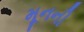
મૂનની